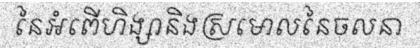
នៃអំពើហិង្សានិងស្រមោលនៃចលនា